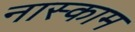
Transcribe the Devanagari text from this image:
नास्काम